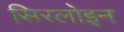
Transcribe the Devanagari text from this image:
सिरलोइन